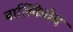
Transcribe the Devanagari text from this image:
बालिकेचेच